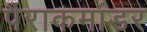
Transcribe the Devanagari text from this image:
पैराकमांडर